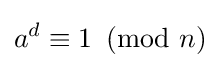
a^{d}\equiv 1\!\!\!{\pmod {n}}